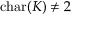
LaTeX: \operatorname { c h a r } ( K ) \neq 2